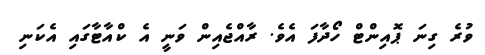
ވުރެ ގިނަ ޕޮއިންޓް ހޯދާފަ އެވެ. ރާއްޖެއިން ވަނީ އެ ކްއާޓާގައި އެކަނި